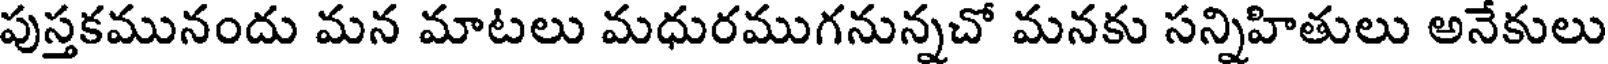
పుస్తకమునందు మన మాటలు మధురముగనున్నచో మనకు సన్నిహితులు అనేకులు